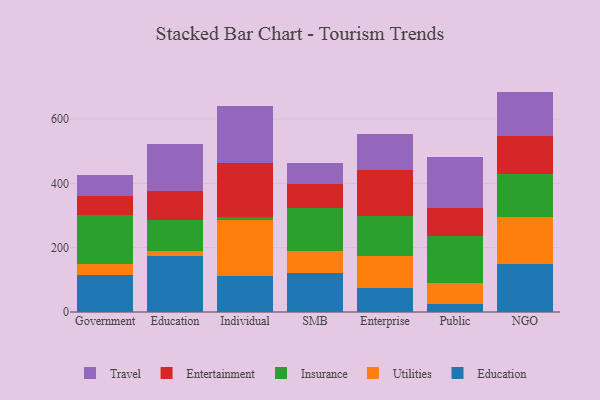
{"axis": {"x": "Segment", "y": "Page Views"}, "legend": ["Education", "Entertainment", "Insurance", "Travel", "Utilities"], "data": [{"x": "Government", "y": 114.5, "type": "Education"}, {"x": "Government", "y": 33.7, "type": "Utilities"}, {"x": "Government", "y": 152.9, "type": "Insurance"}, {"x": "Government", "y": 61.1, "type": "Entertainment"}, {"x": "Government", "y": 64.0, "type": "Travel"}, {"x": "Education", "y": 175.2, "type": "Education"}, {"x": "Education", "y": 14.9, "type": "Utilities"}, {"x": "Education", "y": 95.7, "type": "Insurance"}, {"x": "Education", "y": 89.1, "type": "Entertainment"}, {"x": "Education", "y": 148.4, "type": "Travel"}, {"x": "Individual", "y": 110.4, "type": "Education"}, {"x": "Individual", "y": 175.2, "type": "Utilities"}, {"x": "Individual", "y": 10.6, "type": "Insurance"}, {"x": "Individual", "y": 168.4, "type": "Entertainment"}, {"x": "Individual", "y": 174.4, "type": "Travel"}, {"x": "SMB", "y": 120.4, "type": "Education"}, {"x": "SMB", "y": 67.8, "type": "Utilities"}, {"x": "SMB", "y": 136.3, "type": "Insurance"}, {"x": "SMB", "y": 74.8, "type": "Entertainment"}, {"x": "SMB", "y": 64.3, "type": "Travel"}, {"x": "Enterprise", "y": 76.0, "type": "Education"}, {"x": "Enterprise", "y": 99.0, "type": "Utilities"}, {"x": "Enterprise", "y": 123.2, "type": "Insurance"}, {"x": "Enterprise", "y": 143.6, "type": "Entertainment"}, {"x": "Enterprise", "y": 111.0, "type": "Travel"}, {"x": "Public", "y": 26.0, "type": "Education"}, {"x": "Public", "y": 63.4, "type": "Utilities"}, {"x": "Public", "y": 148.4, "type": "Insurance"}, {"x": "Public", "y": 84.5, "type": "Entertainment"}, {"x": "Public", "y": 160.8, "type": "Travel"}, {"x": "NGO", "y": 150.8, "type": "Education"}, {"x": "NGO", "y": 143.8, "type": "Utilities"}, {"x": "NGO", "y": 133.5, "type": "Insurance"}, {"x": "NGO", "y": 120.2, "type": "Entertainment"}, {"x": "NGO", "y": 137.0, "type": "Travel"}]}